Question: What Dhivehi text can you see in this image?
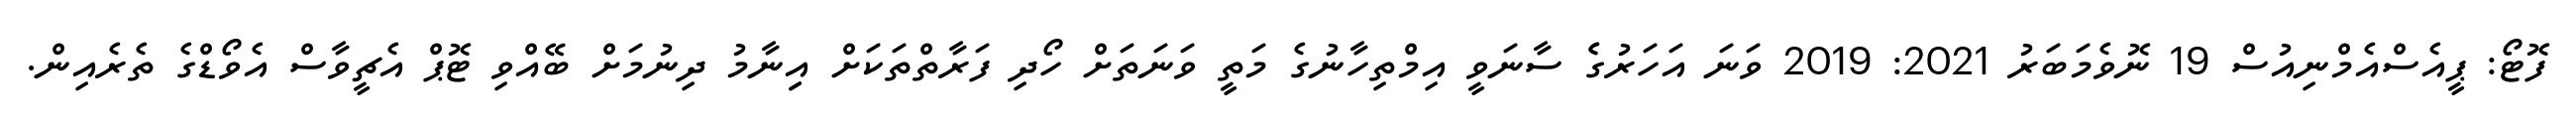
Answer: ފޮޓޯ: ޕީއެސްއެމްނިއުސް 19 ނޮވެމަބަރު 2021: 2019 ވަނަ އަހަރުގެެ ސާނަވީ އިމްތިހާނުގެ މަތީ ވަނަތަށް ހޯދި ފަރާތްތަކަށް އިިނާމު ދިނުމަށް ބޭއްވި ޓޮޕް އެޗީވާސް އެވޯޑްގެ ތެރެއިން.